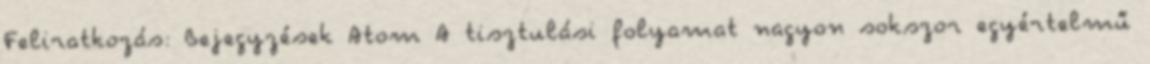
Feliratkozás: Bejegyzések Atom A tisztulási folyamat nagyon sokszor egyértelmű